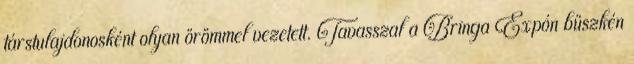
társtulajdonosként olyan örömmel vezetett. Tavasszal a Bringa Expón büszkén